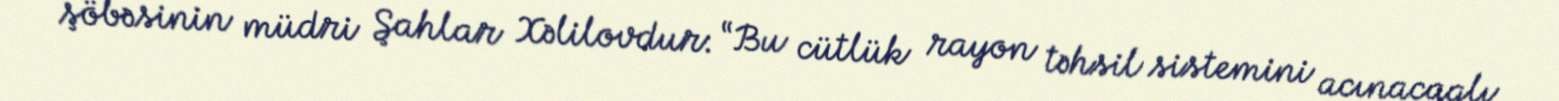
şöbəsinin müdri Şahlar Xəlilovdur: “Bu cütlük rayon təhsil sistemini acınacaqlı